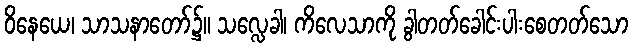
ဝိနေယေ၊ သာသနာတော်၌။ သလ္လေခါ၊ ကိလေသာကို ခွါတတ်ခေါင်းပါးစေတတ်သော